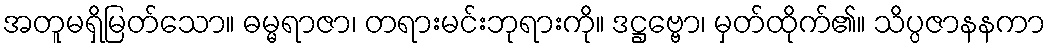
အတူမရှိမြတ်သော။ ဓမ္မရာဇာ၊ တရားမင်းဘုရားကို။ ဒဋ္ဌဗ္ဗော၊ မှတ်ထိုက်၏။ သိပ္ပဇာနနကာ